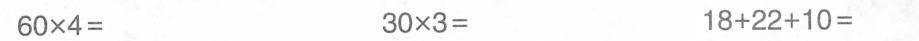
60\times4= 30\times3= 18+22+10=